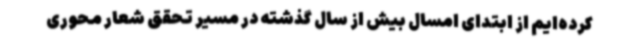
کرده‌ایم از ابتدای امسال بیش از سال گذشته در مسیر تحقق شعار محوری